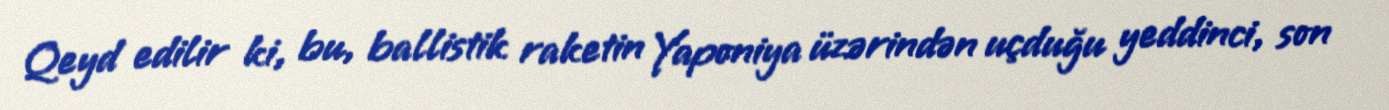
Qeyd edilir ki, bu, ballistik raketin Yaponiya üzərindən uçduğu yeddinci, son